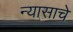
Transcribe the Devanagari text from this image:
न्यासाचे